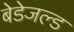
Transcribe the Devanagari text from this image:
बेडेजल्ड